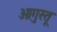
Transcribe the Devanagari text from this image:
ओगुस्तू